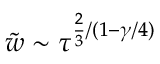
{ \tilde { w } } \sim \tau ^ { \frac { 2 } { 3 } / ( 1 - \gamma / 4 ) }